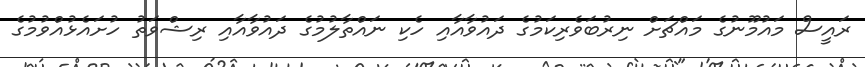
ރައީސް މައުމޫނުގެ މައްޗަށް ނިރުބަވެރިކަމުގެ ދައުވާއާއި ހެކި ނައްތާލުމުގެ ދައުވާއާއި ރިޝްވަތު ހުށައެޅުއްވުމުގެ